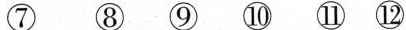
⑦ ⑧ ⑨ ⑩ ⑪ ⑫